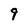
Character: 9